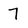
Character: 7